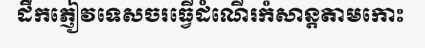
ដឹកភ្ញៀវទេសចរធ្វើដំណើរកំសាន្តតាមកោះ